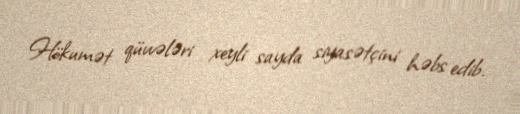
Hökumət qüvvələri xeyli sayda siyasətçini həbs edib.